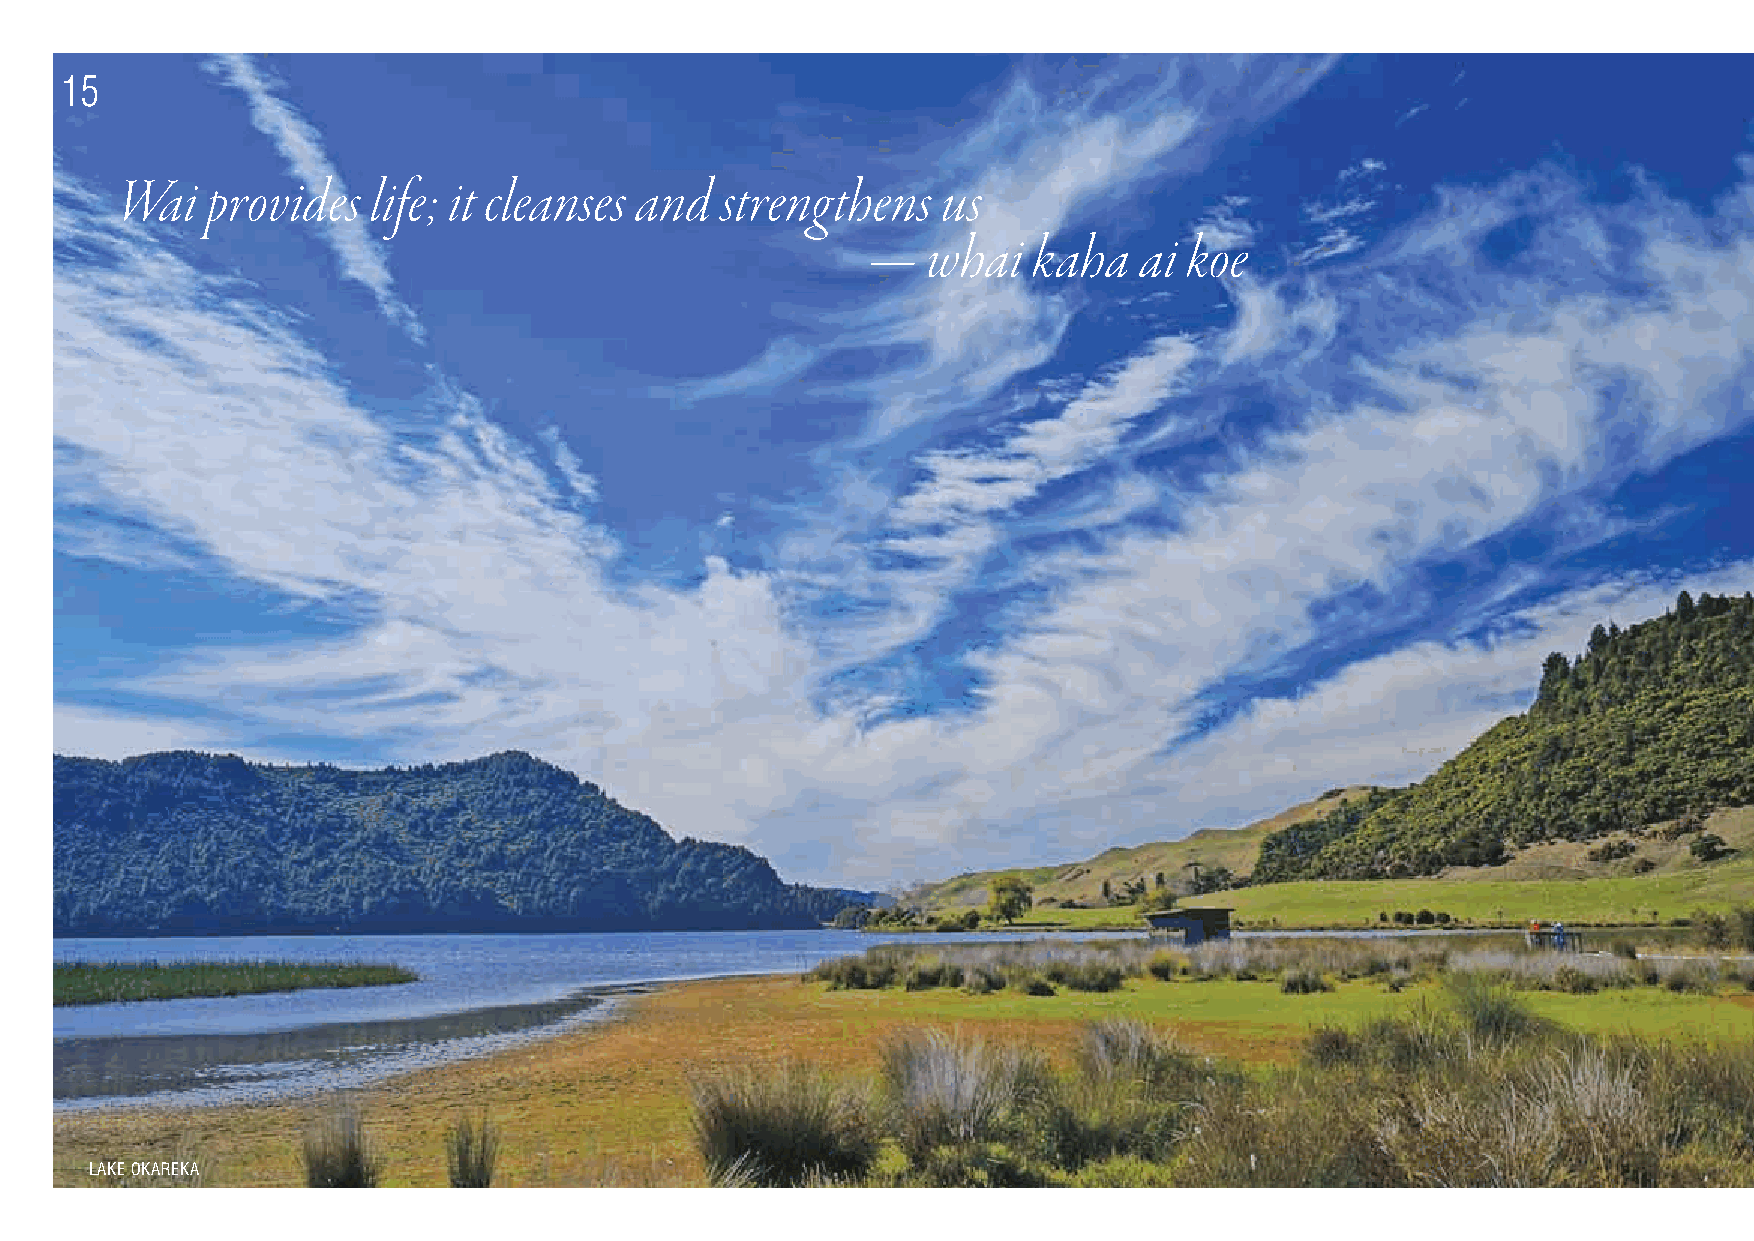
15
 Wai   provides   life; it cleanses and  strengthens   us
 —   whai   kaha   ai  koe
 LAKE OKAREKA